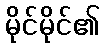
မိုင်မိုင်၏